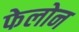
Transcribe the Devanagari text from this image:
फेलोन